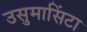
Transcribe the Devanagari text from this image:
उसुमासिंटा